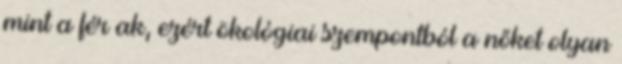
mint a férﬁak, ezért ökológiai szempontból a nőket olyan